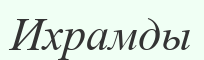
Ихрамды